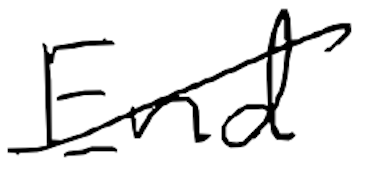
Text: End
Cross-out: diagonal
Writing tool: digital_black